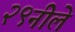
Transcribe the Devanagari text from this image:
२९नीले